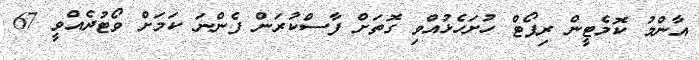
އާންމު ކޮމެޓީން ރިޕޯޓް ހުށަހެޅުއްވި ގޮތަށް ފާސްކުރަން ފެންނަ ކަމަށް ވޯޓުދެއްވީ 67